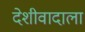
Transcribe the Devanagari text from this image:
देशीवादाला